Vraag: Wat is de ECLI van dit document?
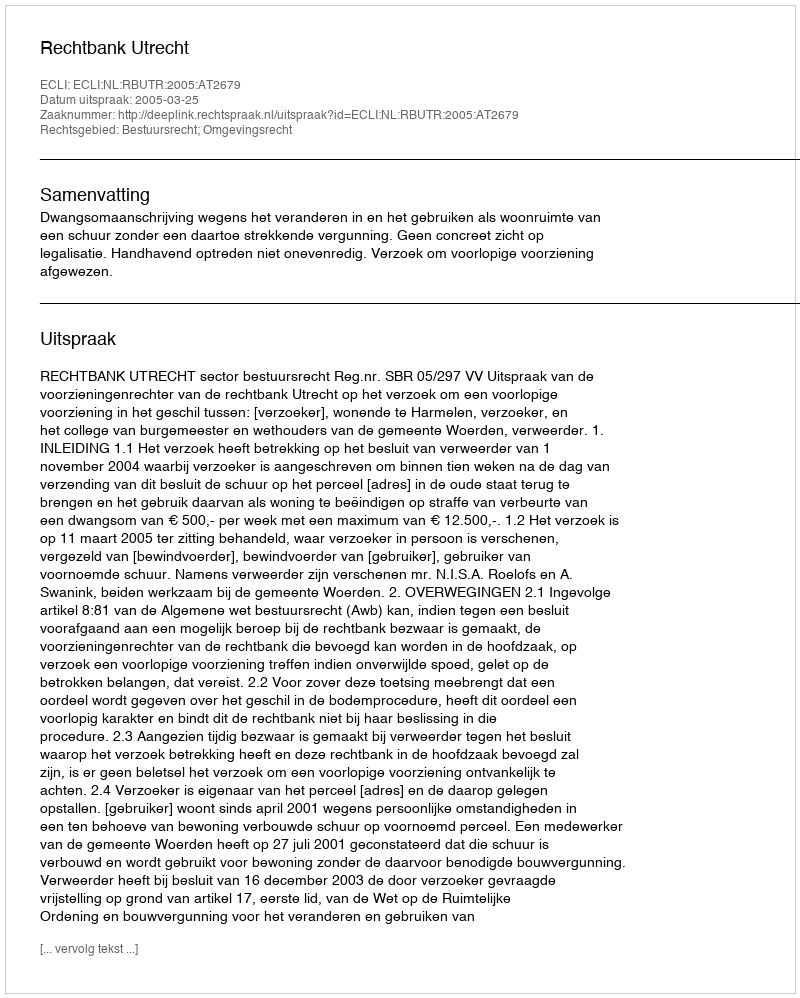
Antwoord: ECLI:NL:RBUTR:2005:AT2679